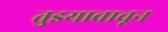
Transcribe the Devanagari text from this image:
तुझ्यावाचून